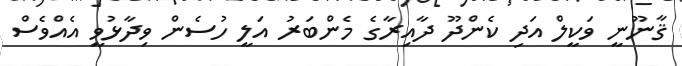
ޤާނޫނީ ވަކީލް އަދި ކެންދޫ ދާއިރާގެ މެންބަރު އަލީ ހުސެން ވިދާޅުވީ އެއްވެސް